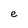
Character: e